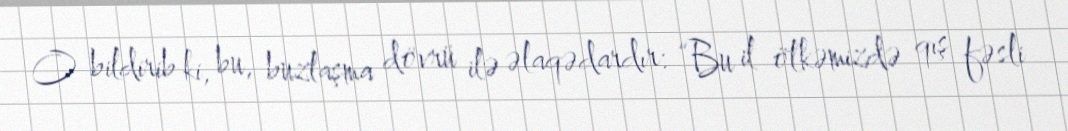
O bildirib ki, bu, buzlaşma dövrü ilə əlaqədardır: “Bu il ölkəmizdə qış fəsli